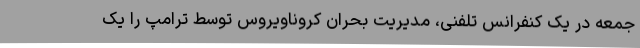
جمعه در یک کنفرانس تلفنی، مدیریت بحران کروناویروس توسط ترامپ را یک